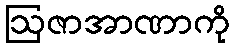
ဩဇာအာဏာကို